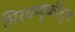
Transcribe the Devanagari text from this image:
मिरवणूकीतून